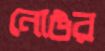
নোঙর